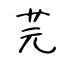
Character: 芫